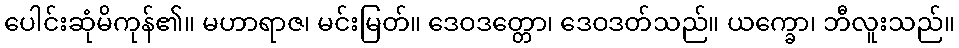
ပေါင်းဆုံမိကုန်၏။ မဟာရာဇ၊ မင်းမြတ်။ ဒေဝဒတ္တော၊ ဒေဝဒတ်သည်။ ယက္ခော၊ ဘီလူးသည်။